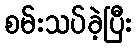
စမ်းသပ်ခဲ့ပြီး